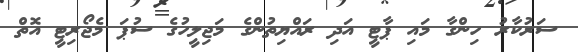
ސަރުކާރު ހިންގާ މައި ޕާޓީ އަދި ރައްޔިތުންގެ މަޖިލީހުގެ ސުޕަ މެޖޯރިޓީ އޮތް